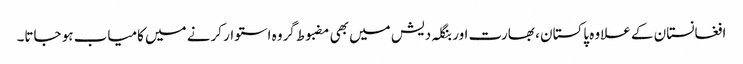
افغانستان کے علاوہ پاکستان ، بھارت اور بنگلہ دیش میں بھی مضبوط گروہ استوار کرنے میں کامیاب ہو جاتا۔